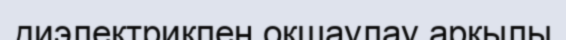
диэлектрикпен оқшаулау арқылы